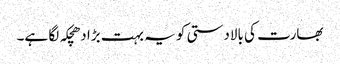
بھارت کی بالادستی کو یہ بہت بڑا دھچکہ لگا ہے۔